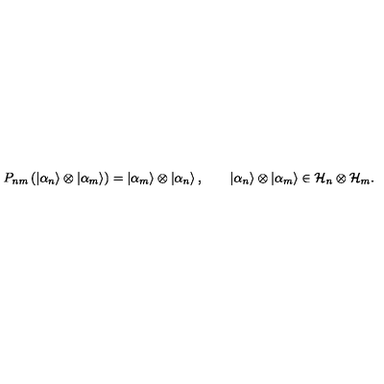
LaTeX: P _ { n m } \left( \left| \alpha _ { n } \right\rangle \otimes \left| \alpha _ { m } \right\rangle \right) = \left| \alpha _ { m } \right\rangle \otimes \left| \alpha _ { n } \right\rangle , \qquad \left| \alpha _ { n } \right\rangle \otimes \left| \alpha _ { m } \right\rangle \in { \cal H } _ { n } \otimes { \cal H } _ { m } .